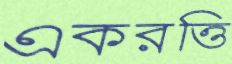
একরত্তি